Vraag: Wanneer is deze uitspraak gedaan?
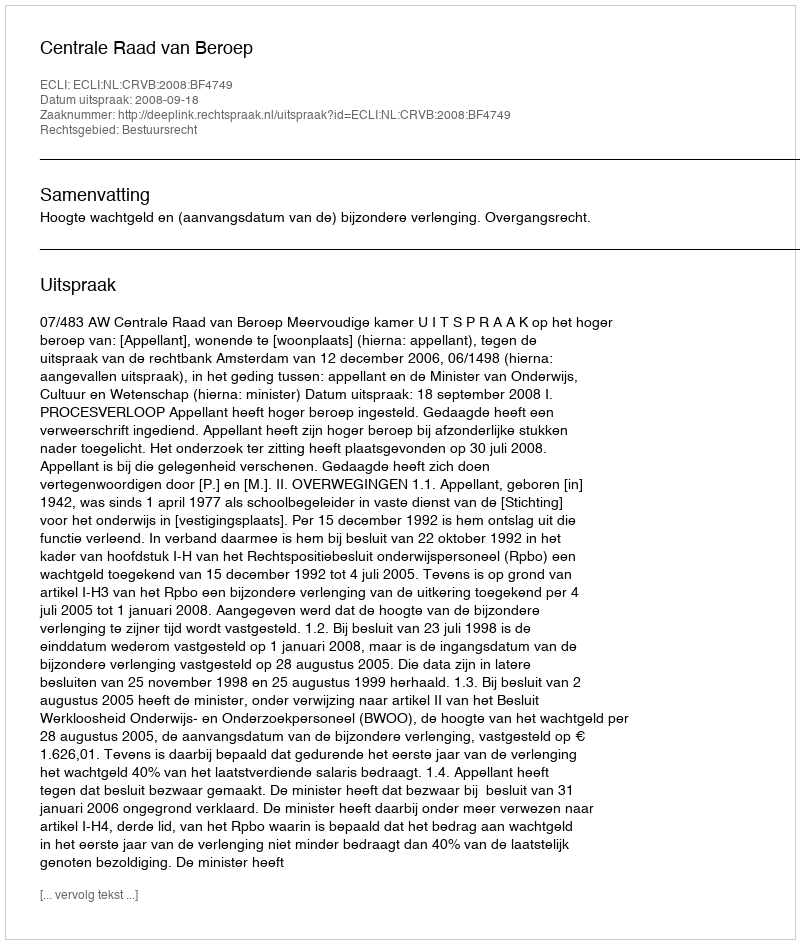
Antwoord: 2008-09-18